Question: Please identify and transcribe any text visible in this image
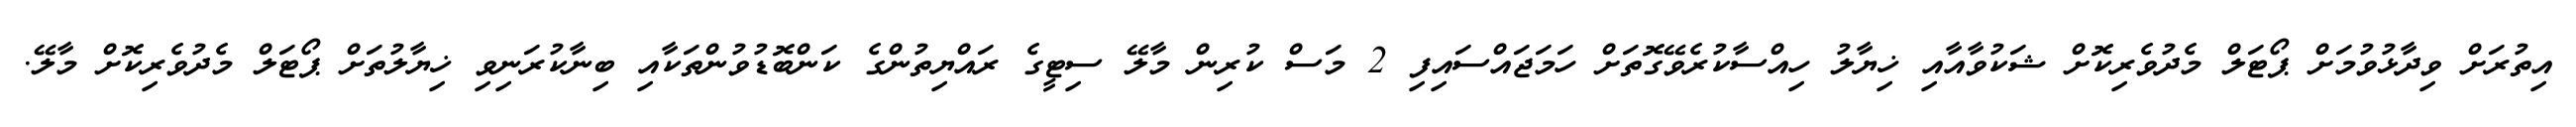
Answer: އިތުރަށް ވިދާޅުވުމަށް ޕޯޓަލް މެދުވެރިކޮށް ޝަކުވާއާއި ޚިޔާލު ހިއްސާކުރެވޭގޮތަށް ހަމަޖައްސައިފި 2 މަސް ކުރިން މާލޭ ސިޓީގެ ރައްޔިތުންގެ ކަންބޮޑުވުންތަކާއި ބިނާކުރަނިވި ޚިޔާލުތަށް ޕޯޓަލް މެދުވެރިކޮށް މާލޭ.